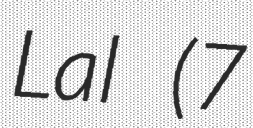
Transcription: Lal (7